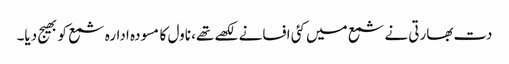
دت بھارتی نے شمع میں کئی افسانے لکھے تھے، ناول کا مسودہ ادارہ شمع کو بھیج دیا۔